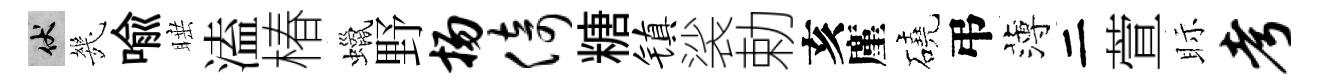
伏㡬喩睡溘椿蠟野扬倚糖镇裟勅亥廑磽弔薄二萱眎考